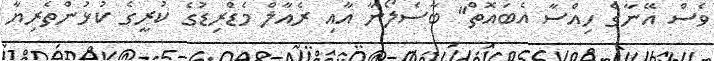
ވެސް އޭނާގެ ހިއްސާ އެބައޮތް" ބާސެލޯނާ އާއި ރެއާލް މެޑްރިޑުގެ ކުރީގެ ކުޅުންތެރިޔާ